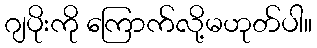
ဂျပိုးကို ကြောက်လို့မဟုတ်ပါ။